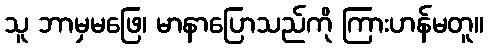
သူ ဘာမှမဖြေ၊ မာနာပြောသည်ကို ကြားဟန်မတူ။